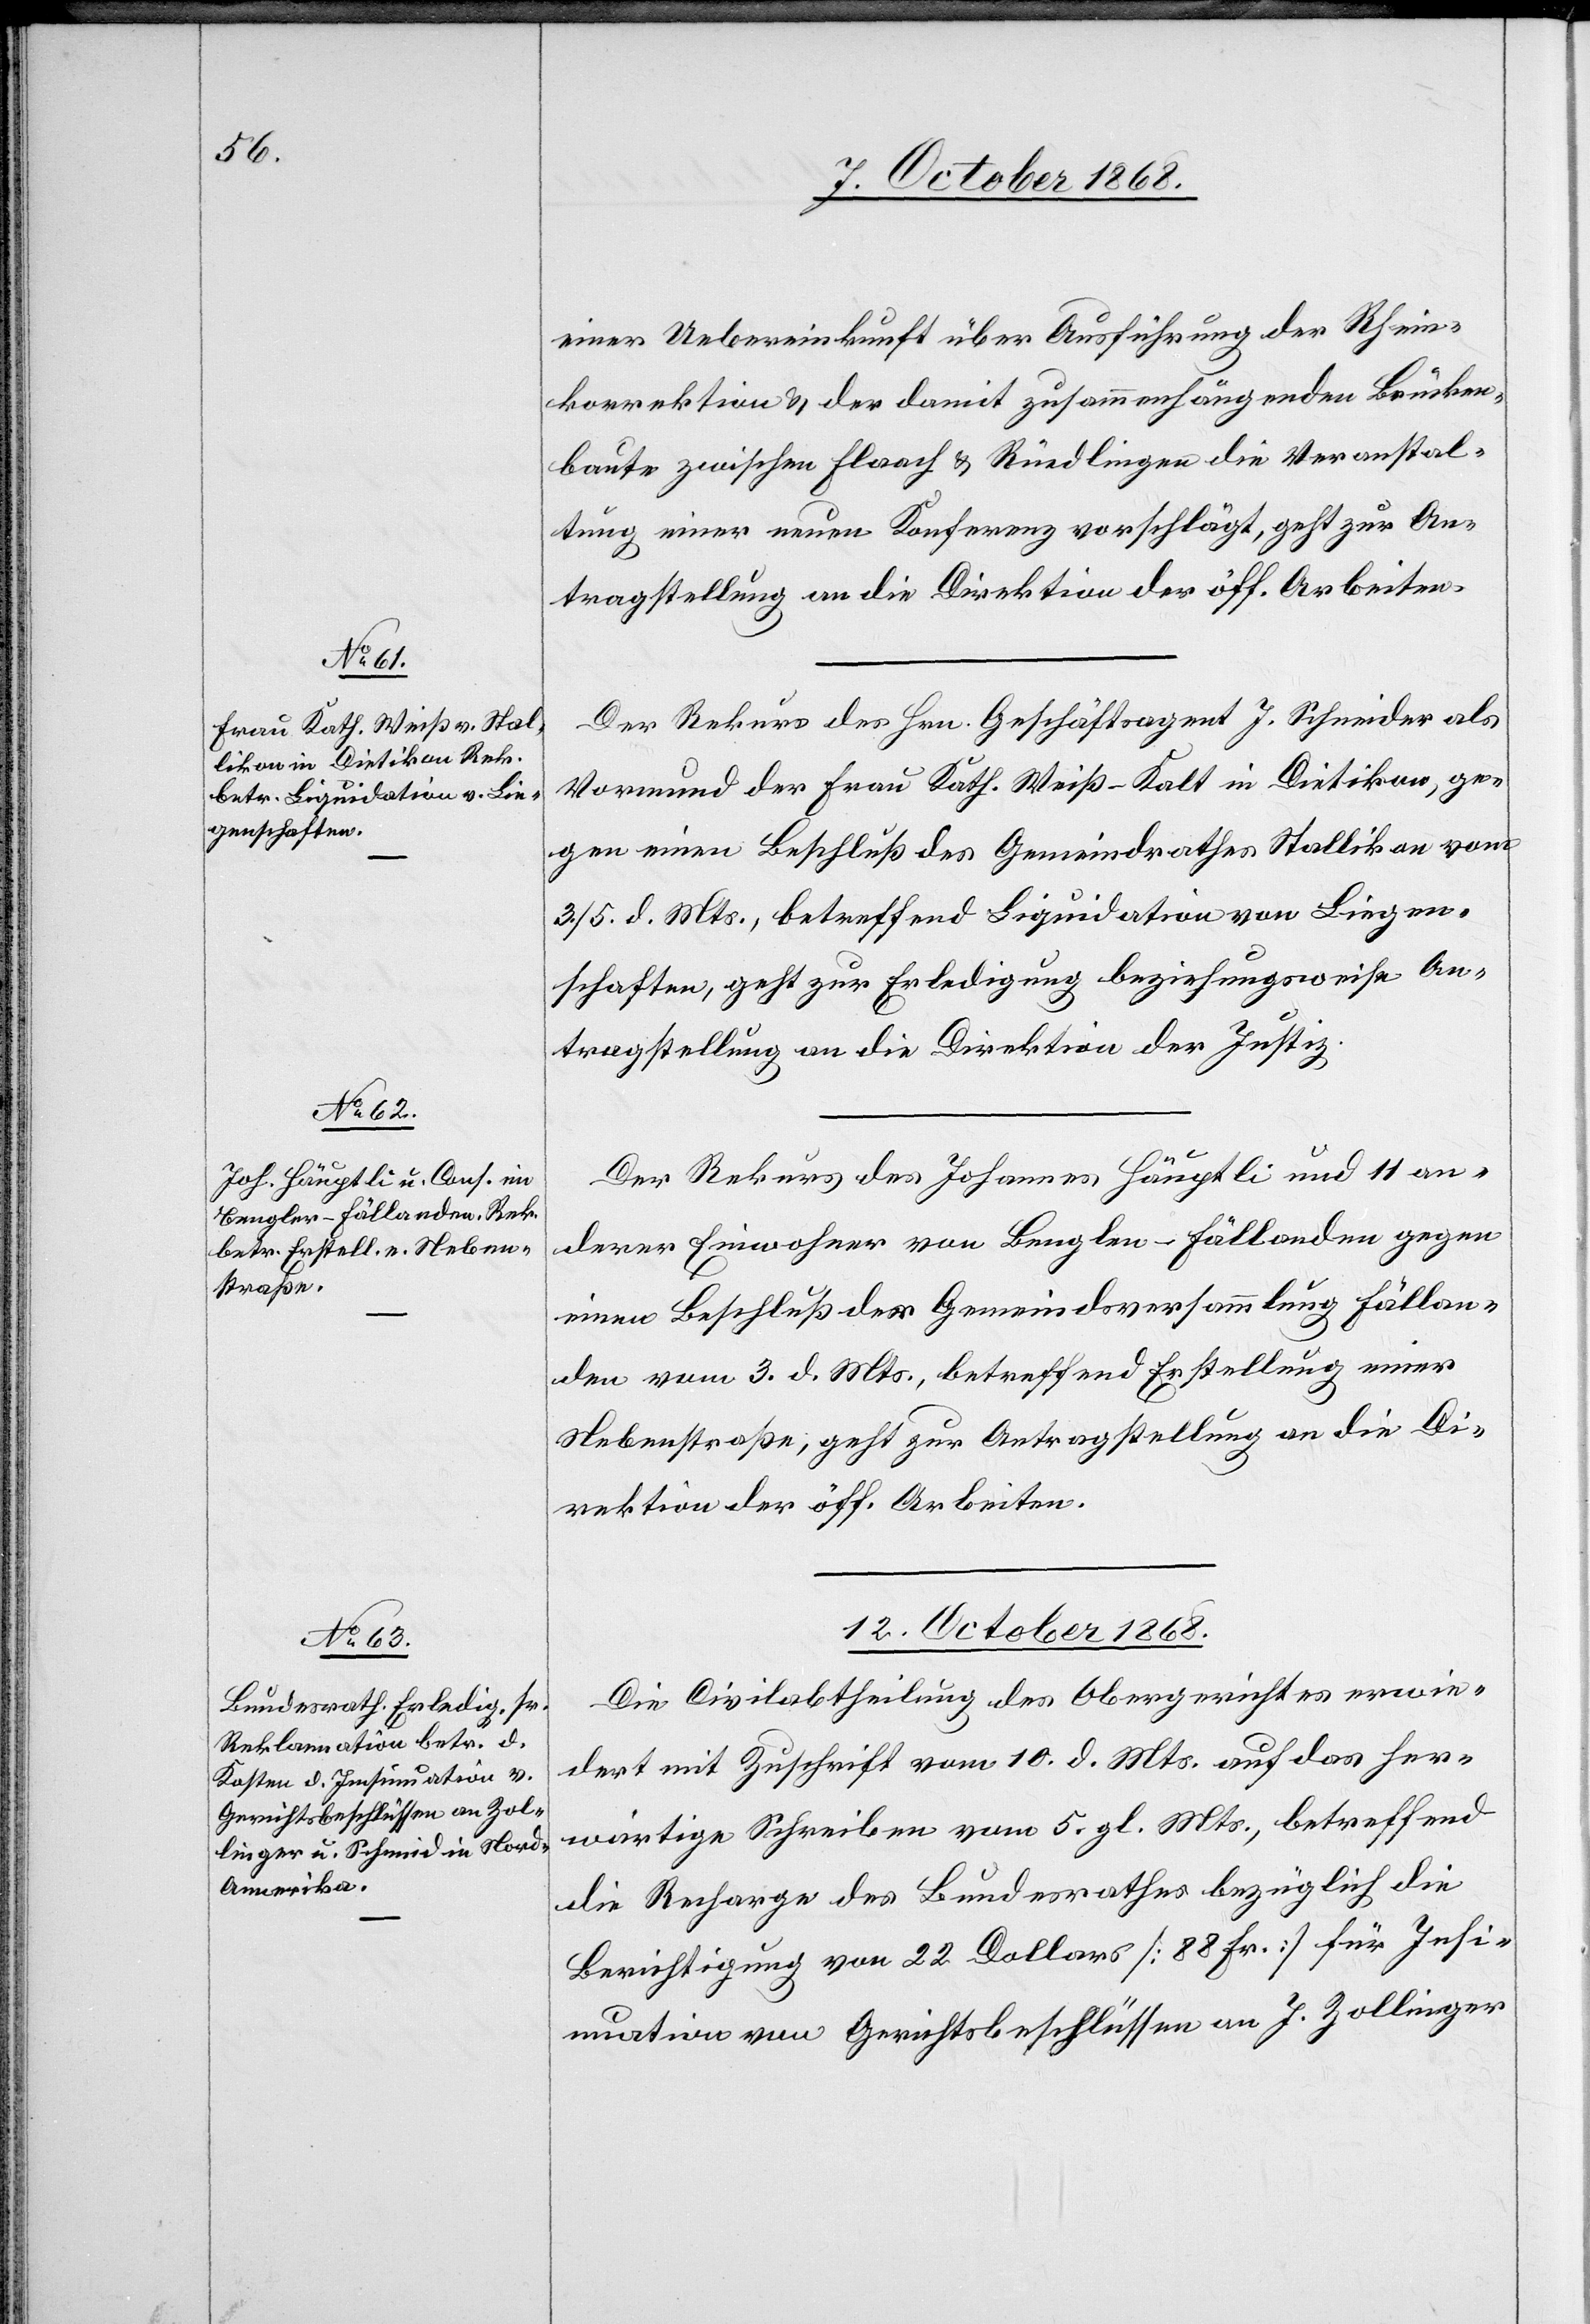
10. October 1868.]
einer Uebereinkunft über Ausführung der Rhein¬
korrektion & der damit zusammenhängenden Brücken¬
baute zwischen Flaach & Rüedlingen die Veranstal¬
tung einer neuen Konferenz vorschlägt, geht zur An¬
tragstellung an die Direktion der öff. Arbeiten.
Der Rekurs des Hrn. Geschäftsagent J. Schneider als
Vormund der Frau Kath. Weiß-Kalt in Dietikon, ge¬
gen einen Beschluß des Gemeindrathes Stallikon vom
3./5. d. Mts., betreffend Liquidation von Liegen¬
schaften, geht zur Erledigung beziehungsweise An¬
tragstellung an die Direktion der Justiz.
Der Rekurs des Johannes Häuptli und 11 an¬
derer Einwohner von Benglen - Fällanden gegen
einen Beschluß der Gemeindsversammlung Fällan¬
den vom 3. d. Mts., betreffend Erstellung einer
Nebenstraße, geht zur Antragstellung an die Di¬
rektion der öff. Arbeiten.
12. October 1868.
Die Civilabtheilung des Obergerichtes erwie¬
dert mit Zuschrift vom 10. d. Mts. auf das her¬
wärtige Schreiben vom 5. gl. Mts., betreffend
die Recharge des Bundesrathes bezüglich die
Berichtigung von 22. Dollars [88 Fr.] für Ins¬
inuation von Gerichtsbeschlüssen an J. Zollinger